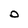
Character: O